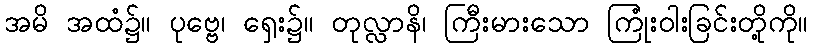
အမိ အထံ၌။ ပုဗ္ဗေ၊ ရှေး၌။ တုလ္လာနိ၊ ကြီးမားသော ကြုံးဝါးခြင်းတို့ကို။